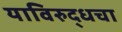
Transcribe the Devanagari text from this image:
याविरुद्धचा